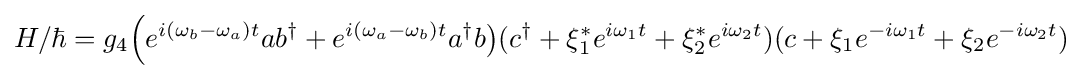
H/\hbar =g_{4}{\Big (}e^{i(\omega _{b}-\omega _{a})t}ab^{\dagger }+e^{i(\omega _{a}-\omega _{b})t}a^{\dagger }b{\big )}(c^{\dagger }+\xi _{1}^{*}e^{i\omega _{1}t}+\xi _{2}^{*}e^{i\omega _{2}t})(c+\xi _{1}e^{-i\omega _{1}t}+\xi _{2}e^{-i\omega _{2}t})